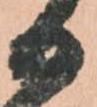
る